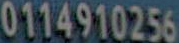
0114910256